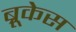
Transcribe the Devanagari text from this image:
ब्रूकेस